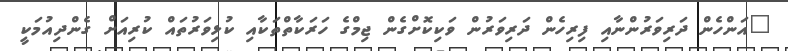
"އަންހެން ދަރިވަރުންނާއި ފިރިހެން ދަރިވަރުން ވަކިކޮށްގެން ޖިމްގެ ހަރަކާތްތަކާއި ކުޅިވަރުތައް ކުރިއަށް ގެންދިއުމަކީ